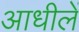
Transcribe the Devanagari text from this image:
आधीलें